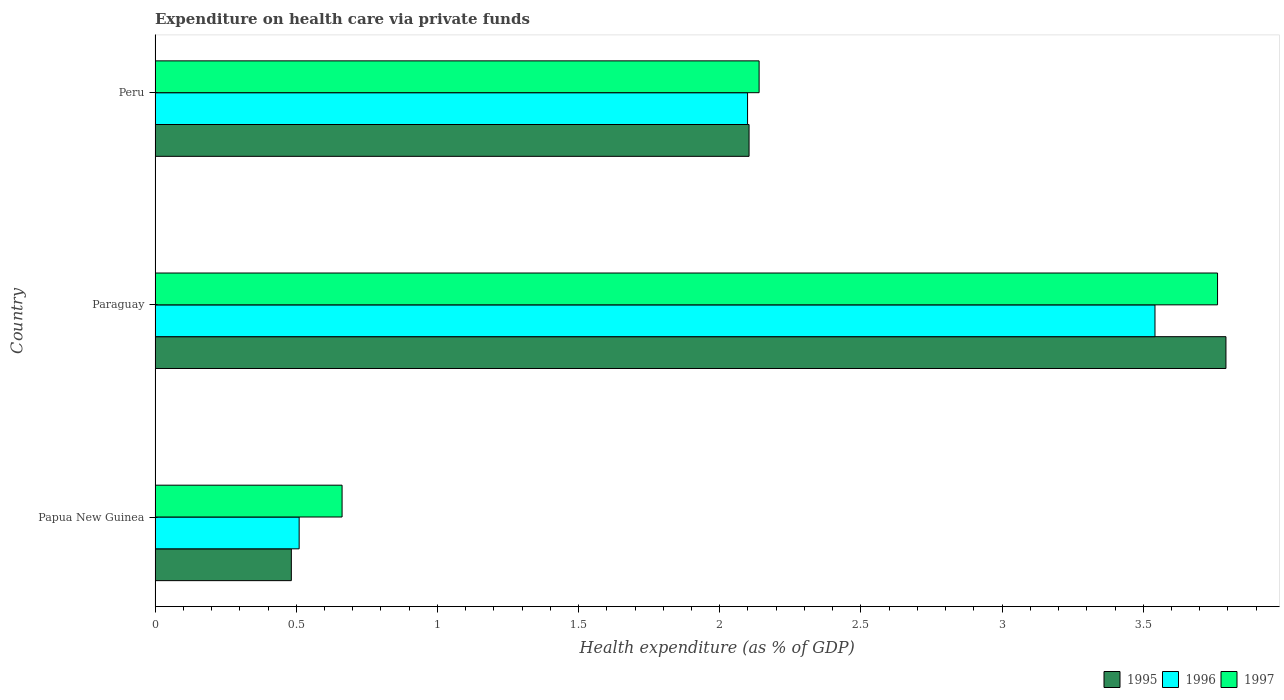
| Country | 1995 | 1996 | 1997 |
 | --- | --- | --- | --- |
 | Papua New Guinea | 0.483 | 0.51 | 0.662 |
 | Paraguay | 3.79 | 3.54 | 3.76 |
 | Peru | 2.1 | 2.1 | 2.14 |